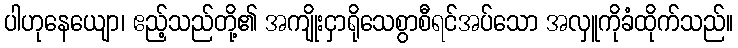
ပါဟုနေယျော၊ ဧည့်သည်တို့၏ အကျိုးငှာရိုသေစွာစီရင်အပ်သော အလှူကိုခံထိုက်သည်။